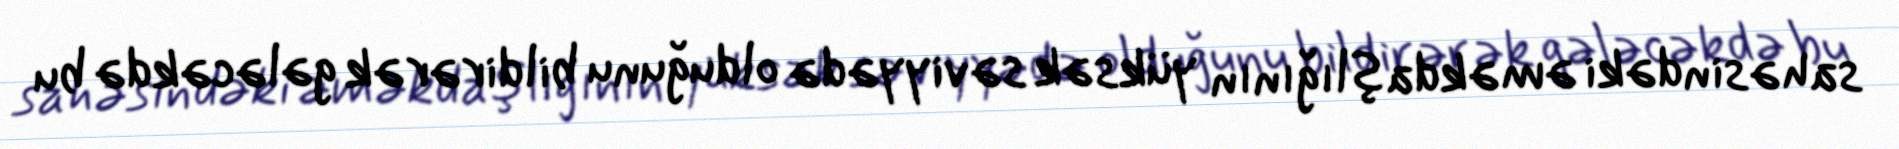
sahəsindəki əməkdaşlığının yüksək səviyyədə olduğunu bildirərək gələcəkdə bu